Indian journal of veterinary science and animal husbandry - Volumes 18-21, 1948-1951
Year: 1948
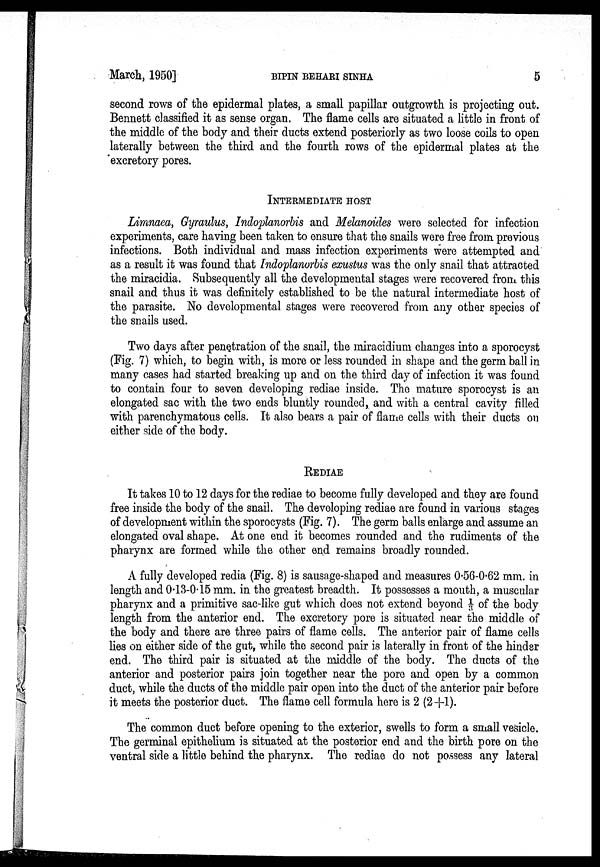
March,
1950]
BIPIN
BEHARI
SINHA
5
second rows of the epidermal plates, a small papillar outgrowth is projecting out.
Bennett classified it as sense organ. The flame cells are situated a little in front of
the middle of the body and their ducts extend posteriorly as two loose coils to open
laterally between the third and the fourth rows of the epidermal plates at the
excretory pores.
INTERMEDIATE HOST
Limnaea, Gyraulus, Indoplanorbis and Melanoides were selected for infection
experiments, care having been taken to ensure that the snails were free from previous
infections. Both individual and mass infection experiments were attempted and
as a result it was found that Indoplanorbis exustus was the only snail that attracted
the miracidia. Subsequently all the developmental stages were recovered from this
snail and thus it was definitely established to be the natural intermediate host of
the parasite. No developmental stages were recovered from any other species of
the snails used.
Two days after penetration of the snail, the miracidium changes into a sporocyst
(Fig. 7) which, to begin with, is more or less rounded in shape and the germ ball in
many cases had started breaking up and on the third day of infection it was found
to contain four to seven developing rediae inside. The mature sporocyst is an
elongated sac with the two ends bluntly rounded, and with a central cavity filled
with parenchymatous cells. It also bears a pair of flame cells with their ducts on
either side of the body.
REDIAE
It takes 10 to 12 days for the rediae to become fully developed and they are found
free inside the body of the snail. The developing rediae are found in various stages
of development within the sporocysts (Fig. 7). The germ balls enlarge and assume an
elongated oval shape. At one end it becomes rounded and the rudiments of the
pharynx are formed while the other end remains broadly rounded.
A fully developed redia (Fig. 8) is sausage-shaped and measures 0.56-0.62 mm. in
length and 0.13-0.15 mm. in the greatest breadth. It possesses a mouth, a muscular
pharynx and a primitive sac-like gut which does not extend beyond 1/3 of the body
length from the anterior end. The excretory pore is situated near the middle of
the body and there are three pairs of flame cells. The anterior pair of flame cells
lies on either side of the gut, while the second pair is laterally in front of the hinder
end. The third pair is situated at the middle of the body. The ducts of the
anterior and posterior pairs join together near the pore and open by a common
duct, while the ducts of the middle pair open into the duct of the anterior pair before
it meets the posterior duct. The flame cell formula here is 2 (2+1).
The common duct before opening to the exterior, swells to form a small vesicle.
The germinal epithelium is situated at the posterior end and the birth pore on the
ventral side a little behind the pharynx. The rediae do not possess any lateral